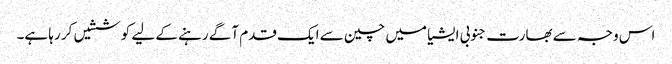
اس وجہ سے بھارت جنوبی ایشیا میں چین سے ایک قدم آگے رہنے کے لیے کوششیں کر رہا ہے۔